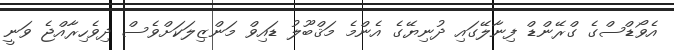
އެވޯޑްސްގެ ގްރޭންޑް ފިނާލޭގައި ދުނިޔޭގެ އެންމެ މަޤްބޫލު ޑައިވް މަންޒިލަކަށްވެސް ދިވެހިރާއްޖެ ވަނީ